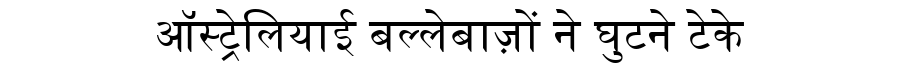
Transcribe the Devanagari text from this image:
ऑस्ट्रेलियाई बल्लेबाज़ों ने घुटने टेके